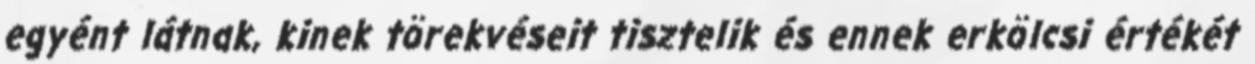
egyént látnak, kinek törekvéseit tisztelik és ennek erkölcsi értékét